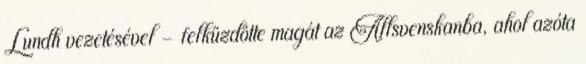
Lundh vezetésével – felküzdötte magát az Allsvenskanba, ahol azóta